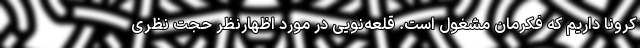
کرونا داریم که فکرمان مشغول است. قلعه‌نویی در مورد اظهارنظر حجت نظری